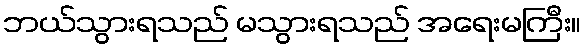
ဘယ်သွားရသည် မသွားရသည် အရေးမကြီး။